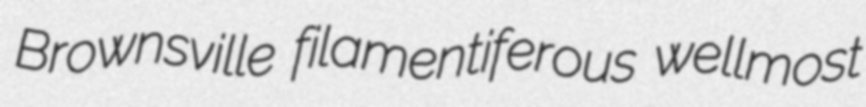
Brownsville filamentiferous wellmost